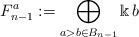
\begin{align*}F^a_{n-1} := \bigoplus_{a> b\in B_{n-1}}\Bbbk\thinspace b\end{align*}